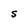
Character: S